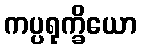
ကပ္ပရုက္ခိယော